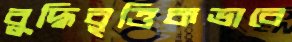
বুদ্ধিবৃত্তিকভাবে